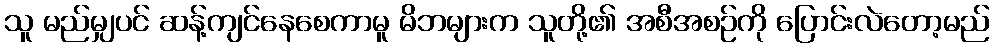
သူ မည်မျှပင် ဆန့်ကျင်နေစေကာမူ မိဘများက သူတို့၏ အစီအစဉ်ကို ပြောင်းလဲတော့မည်